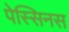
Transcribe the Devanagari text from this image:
पेस्सिनस